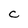
Character: c